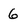
Character: 6